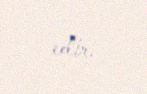
edir.